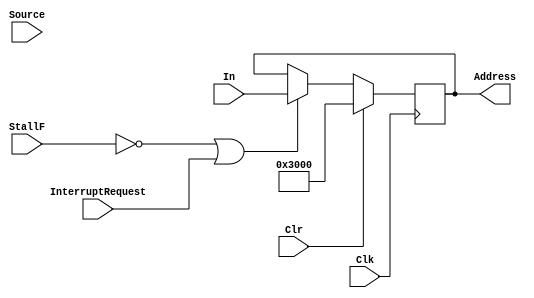
`timescale 1ns / 1ps
//////////////////////////////////////////////////////////////////////////////////
// Company: 
// Engineer: 
// 
// Design Name: 
// Module Name:    PC 
// Project Name: 
// Target Devices: 
// Tool versions: 
// Description: 
//
// Dependencies: 
//
// Revision: 
// Revision 0.01 - File Created
// Additional Comments: 
//
//////////////////////////////////////////////////////////////////////////////////
module PC(
    input [31:0] In,
    input Clk,
	 input Clr,
	 input StallF,
	 input [2:0] Source,
	 input InterruptRequest,
    output reg [31:0] Address = 32'h00003000
    );
	
	always @(posedge Clk) begin
		if (Clr) begin
			Address = 32'h00003000;
		end
		else begin
			if (StallF != 1 || InterruptRequest == 1) begin 
				Address = In;
				//if (Source != 0) $display("j %h", Address);
			end
		end
	end
endmodule